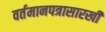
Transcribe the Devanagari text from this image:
वर्तमानपत्रासारखी